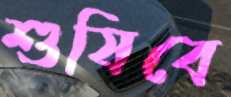
শুষিবে